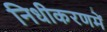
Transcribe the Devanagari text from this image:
निधीकरणमें